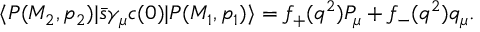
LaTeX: \langle P ( M _ { 2 } , p _ { 2 } ) | \bar { s } \gamma _ { \mu } c ( 0 ) | P ( M _ { 1 } , p _ { 1 } ) \rangle = f _ { + } ( q ^ { 2 } ) P _ { \mu } + f _ { - } ( q ^ { 2 } ) q _ { \mu } .